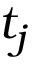
t _ { j }